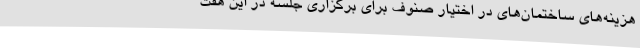
هزینه‌های ساختمان‌های در اختیار صنوف برای برگزاری جلسه در این هفت